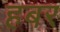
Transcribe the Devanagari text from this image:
हबर